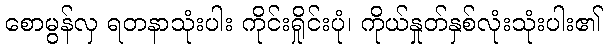
စောမွန်လှ ရတနာသုံးပါး ကိုင်းရှိုင်းပုံ၊ ကိုယ်နှုတ်နှစ်လုံးသုံးပါး၏